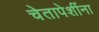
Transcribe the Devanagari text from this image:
चेतापेशींना